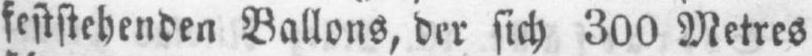
feststehenden Ballons, der sich 300 Metres